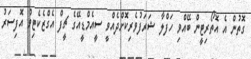
ގޮތުން އެ އޮތޯރިޓީން ބޭއްވި ހަފްލާ ޝަރަފުވެރިކޮށްދެއްވީ ސީއެމްޑީއޭގެ ޗީފް އެގްޒެކެޓިވް އޮފިސަރު